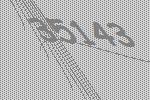
35143